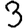
Digit: 3